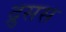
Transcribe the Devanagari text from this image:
द्रुसस